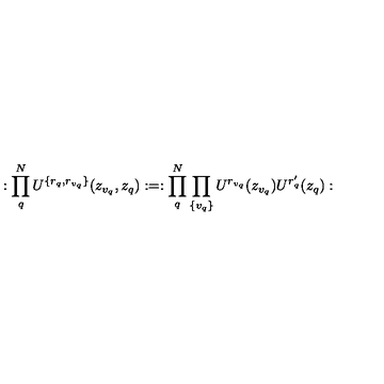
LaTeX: : \prod _ { q } ^ { N } U ^ { \{ r _ { q } , r _ { v _ { q } } \} } ( z _ { v _ { q } } , z _ { q } ) : = : \prod _ { q } ^ { N } \prod _ { \{ v _ { q } \} } U ^ { r _ { v _ { q } } } ( z _ { v _ { q } } ) U ^ { r _ { q } ^ { \prime } } ( z _ { q } ) :